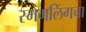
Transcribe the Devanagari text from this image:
स्मगलिंगचा